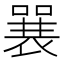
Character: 𱔞